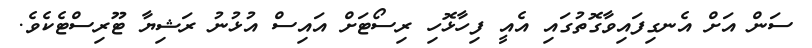
ސަން އަށް އެނގިފައިވާގޮތުގައި އެއީ ފިހާޅޮހި ރިސޯޓަށް އައިސް އުޅުނު ރަޝިޔާ ޓޫރިސްޓެކެވެ.